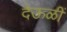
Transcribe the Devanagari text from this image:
देऊळीं